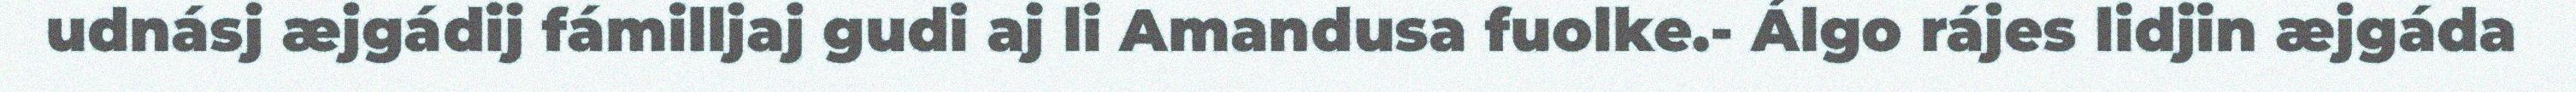
udnásj æjgádij fámilljaj gudi aj li Amandusa fuolke.- Álgo rájes lidjin æjgáda